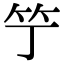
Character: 𥫙